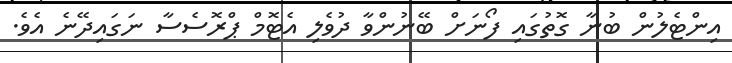
އިންޓެލުން ބުނާ ގޮތުގައި ފޯނަށް ބޭނުންވާ ދުވެލި އެޓޮމް ޕްރޮސެސާ ނަގައިދޭނެ އެވެ.